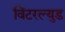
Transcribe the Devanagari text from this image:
विंटरल्युड